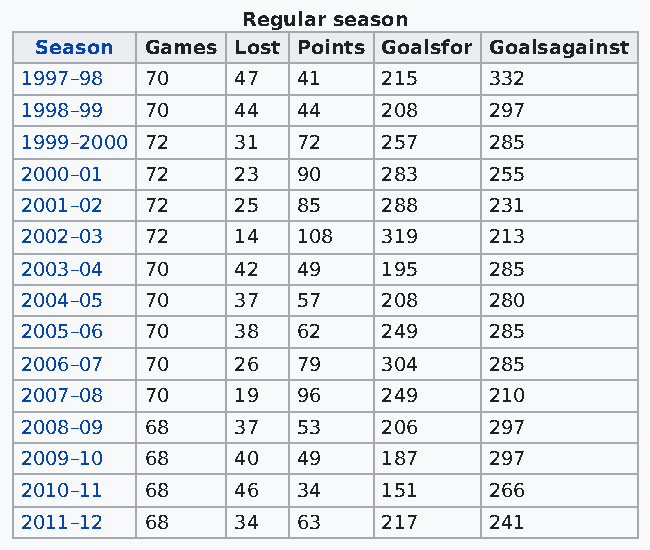
Regular season
 Season  Games Lost Points Goalsfor Goalsagainst
 1997–98  70    47  41   215    332
 1998–99  70    44  44   208    297
 1999–2000 72   31  72   257    285
 2000–01  72    23  90   283    255
 2001–02  72    25  85   288    231
 2002–03  72    14  108  319    213
 2003–04  70    42  49   195    285
 2004–05  70    37  57   208    280
 2005–06  70    38  62   249    285
 2006–07  70    26  79   304    285
 2007–08  70    19  96   249    210
 2008–09  68    37  53   206    297
 2009–10  68    40  49   187    297
 2010–11  68    46  34   151    266
 2011–12  68    34  63   217    241